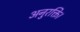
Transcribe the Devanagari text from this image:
अनुरक्ति।